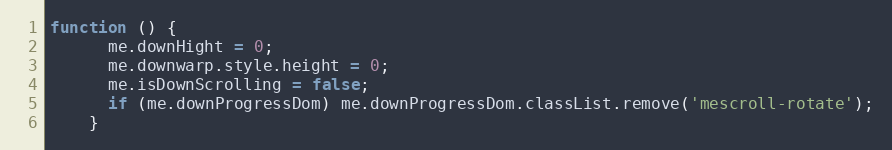
Language: JavaScript
function () {
      me.downHight = 0;
      me.downwarp.style.height = 0;
      me.isDownScrolling = false;
      if (me.downProgressDom) me.downProgressDom.classList.remove('mescroll-rotate');
    }